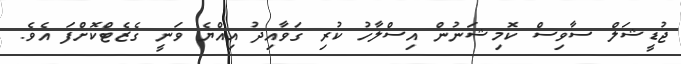
ޖުޑީޝަލް ސާވިސް ކޮމިޝަނުން އިސްލާހު ކުރި ގަވާއިދު އިއްޔެ ވަނީ ގެޒެޓްކޮށްފަ އެވެ.